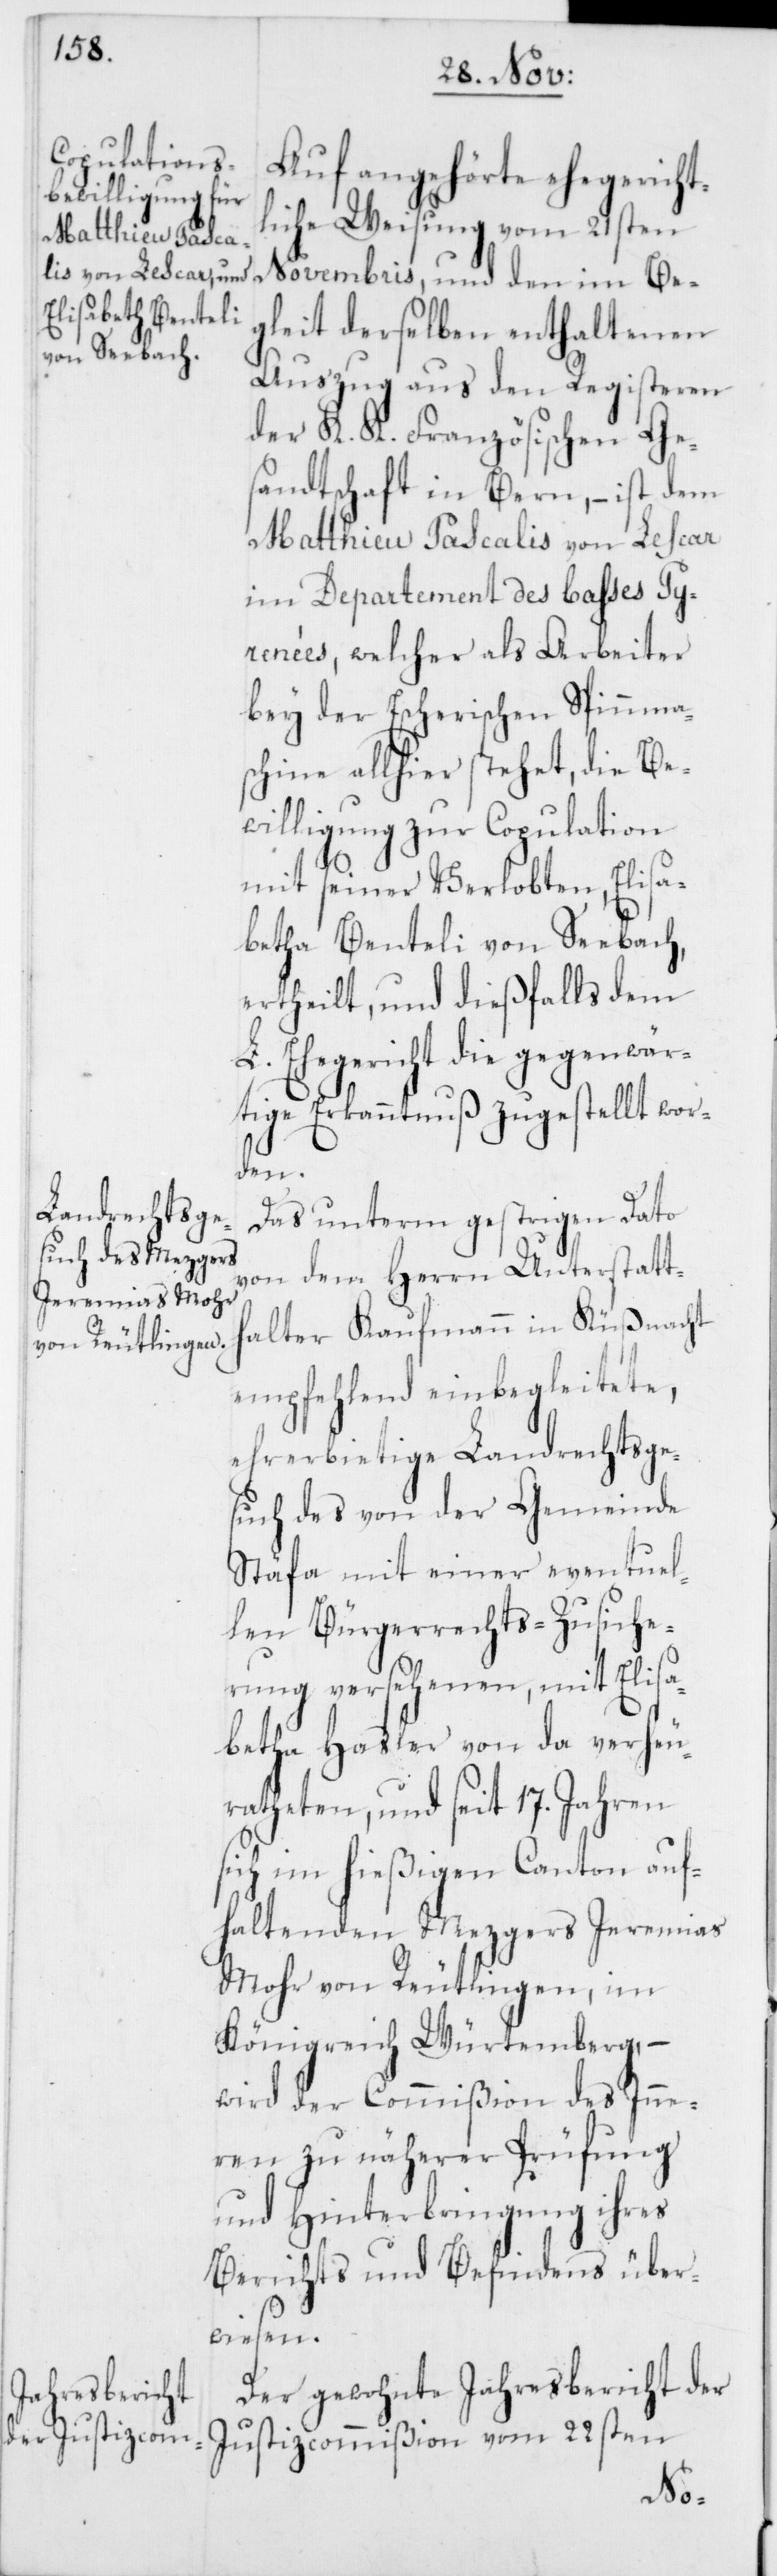
Auf angehörte ehegericht¬
liche Weisung vom 21sten
Novembris, und den im Be¬
gleit derselben enthaltenen
Auszug aus den Registeren
der K. K. Französischen Ge¬
sandtschaft in Bern, – ist dem
Matthieu Pascalis von Lescar
im Departement des baßes Py¬
renèes, welcher als Arbeiter
bey der Escherischen Spinnma¬
schine allhier stehet, die Be¬
willigung zur Copulation
mit seiner Verlobten, Elisa¬
betha Benteli von Seebach,
ertheilt, und dießfalls dem
L. Ehegericht die gegenwär¬
tige Erkanntnuß zugestellt wor¬
den.
Das unterm gestrigen Dato
von dem Herrn Unterstatt¬
halter Kaufmann in Küßnacht
empfehlend einbegleitete,
ehrerbietige Landrechtsge¬
such des von der Gemeinde
Stäfa mit einer eventuel¬
len Bürgerrechts-Zusiche¬
rung versehenen, mit Elisa¬
betha Hasler von da verheu¬
ratheten und seit 17. Jahren
sich im hießigen Canton auf¬
haltenden Mezgers Jeremias
Mohr von Reutlingen, im
Königreich Würtemberg, –
wird der Commißion des Inne¬
ren zu näherer Prüfung
und Hinterbringung ihres
Berichts und Befindens über¬
wiesen.
Der gewohnte Jahresbericht der
vom